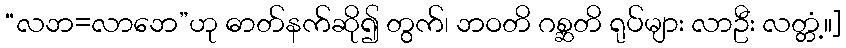
“လဘ=လာဘေ”ဟု ဓာတ်နက်ဆို၍ တွက်၊ ဘဝတိ ဂစ္ဆတိ ရုပ်များ လာဦး လတ္တံ့။]